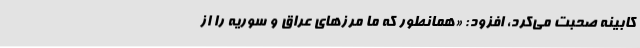
کابینه صحبت می‌کرد، افزود: «همانطور که ما مرزهای عراق و سوریه را از